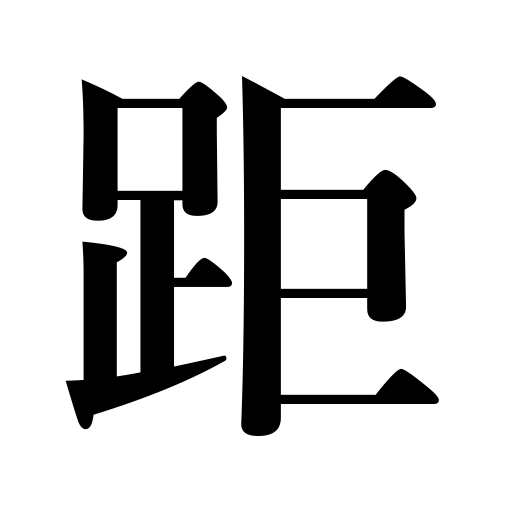
Meanings: be distant